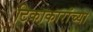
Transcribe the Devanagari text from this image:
टिकाकारांच्या